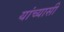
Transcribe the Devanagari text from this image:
यांच्यासी